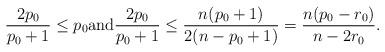
LaTeX: \begin{align*} \frac{2p_0}{p_0+1}\leq p_0 \mbox{and} \frac{2p_0}{p_0+1} \leq \frac{n(p_0+1)}{2(n-p_0+1)} =\frac{n(p_0-r_0)}{n-2r_0}. \end{align*}